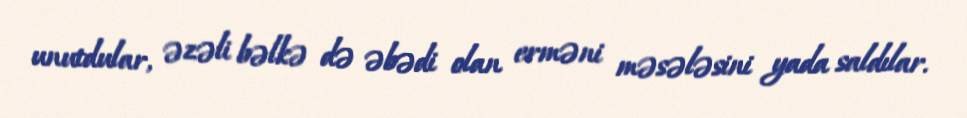
unutdular, əzəli bəlkə də əbədi olan erməni məsələsini yada saldılar.